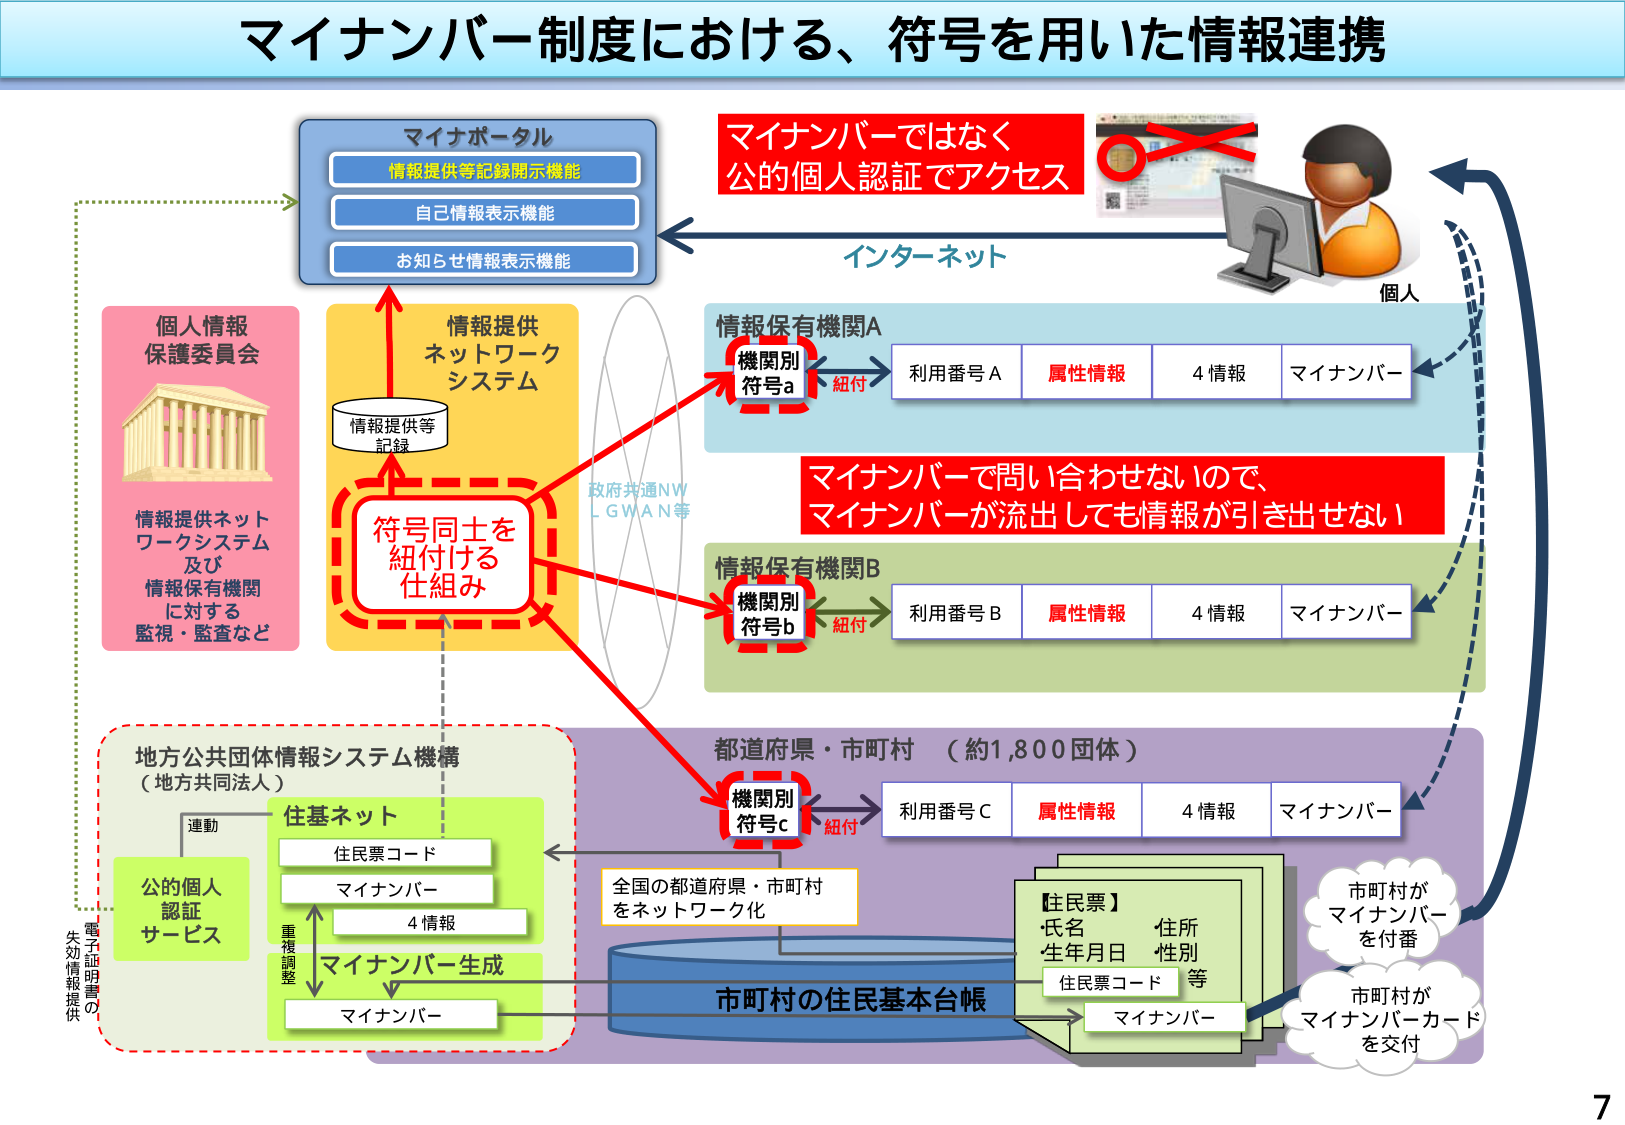
マイナンバー制度における、符号を用いた情報連携

マイナポータル
情報提供等記録開示機能
自己情報表示機能
お知らせ情報表示機能

個人情報保護委員会
情報提供ネットワークシステム及び
情報保有機関に対する
監視・監査など

情報提供ネットワークシステム
情報提供等
記録

符号同士を
紐付ける
仕組み

政府共通NW
L GWAN等

情報保有機関A
機関別
符号a
紐付
利用番号A
属性情報
4情報
マイナンバー

マイナンバーではなく
公的個人認証でアクセス

インターネット

個人

マイナンバーで問い合わせないので、
マイナンバーが流出しても情報が引き出せない

情報保有機関B
機関別
符号b
紐付
利用番号B
属性情報
4情報
マイナンバー

地方公共団体情報システム機構
（地方共同法人）

連動
公的個人
認証
サービス

住基ネット
住民票コード
マイナンバー
4情報
マイナンバー生成
マイナンバー

重複調整

電子証明書の
失効情報提供

都道府県・市町村 （約1,800団体）

機関別
符号c
紐付
利用番号C
属性情報
4情報
マイナンバー

全国の都道府県・市町村
をネットワーク化

市町村の住民基本台帳

【住民票】
・氏名
・生年月日
住所
性別
住民票コード
等

マイナンバー

市町村が
マイナンバー
を付番

市町村が
マイナンバーカード
を交付

7